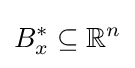
B_{x}^{*}\subseteq \mathbb {R} ^{n}